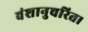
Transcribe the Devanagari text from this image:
वंशानुचरित।